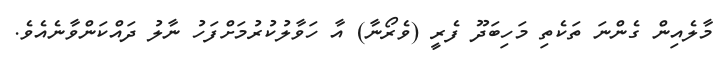
މާލެއިން ގެންނަ ތަކެތި މަހިބަދޫ ފެރީ (ވެރޯނާ) އާ ހަވާލުކުރުމަށްފަހު ނާލު ދައްކަންވާނެއެވެ.